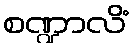
စဏ္ဍာလိံ